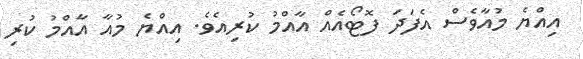
އިއްޔެ މުއާވެސް އެފަދަ ފޮޓޯއެއް އާއްމު ކުރިއެވެ. އިއްޔެ މުއާ އާއްމު ކުރި